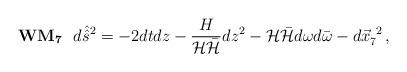
LaTeX: \begin{align*}{\bf WM_{7}}\,\,\,\,d\hat{\hat{s} }{}^{2}=-2dtdz-\frac{H}{{\cal H}\bar{\cal H}} dz^{2}-{\cal H}\bar{\cal H}d\omega d\bar{\omega} -d\vec{x}^{\ 2}_{7}\, ,\end{align*}